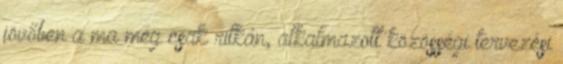
jövőben a ma még csak ritkán, alkalmazott közösségi tervezési